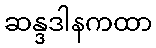
ဆန္ဒဒါနကထာ